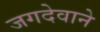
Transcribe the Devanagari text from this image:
जगदेवाने